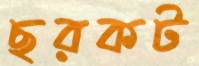
ছরকট